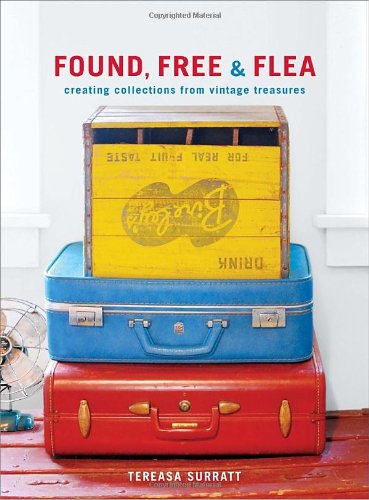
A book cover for Found, Free, and Flea: Creating Collections from Vintage Treasures; Tereasa Surratt; Humor & Entertainment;